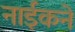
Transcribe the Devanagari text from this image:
नाईकने